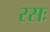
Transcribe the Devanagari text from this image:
रसः